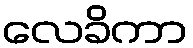
လေခိကာ